Scientific memoirs by medical officers of the Army of India - Part III,
Year: 1887
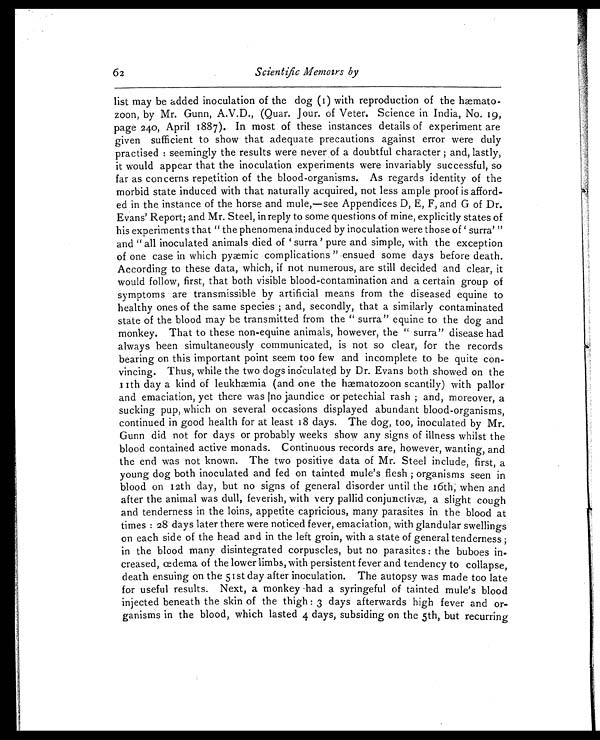
62 Scientific Memoirs by
list may be added inoculation of the dog (1) with reproduction of the hæmato
-zoon, by Mr. Gunn, A.V.D., (Quar. Jour. of Veter. Science in India, No. 19,
page 240, April 1887). In most of these instances details of experiment are
given sufficient to show that adequate precautions against error were duly
practised: seemingly the results were never of a doubtful character; and, lastly,
it would appear that the inoculation experiments were invariably successful, so
far as concerns repetition of the blood-organisms. As regards identity of the
morbid state induced with that naturally acquired, not less ample proof is afford
-ed in the instance of the horse and mule,—see Appendices D, E, F, and G of Dr.
Evans' Report; and Mr. Steel, in reply to some questions of mine, explicitly states of
his experiments that "the phenomena induced by inoculation were those of 'surra'"
and "all inoculated animals died of 'surra' pure and simple, with the exception
of one case in which pyæmic complications" ensued some days before death.
According to these data, which, if not numerous, are still decided and clear, it
would follow, first, that both visible blood-contamination and a certain group of
symptoms are transmissible by artificial means from the diseased equine to
healthy ones of the same species; and, secondly, that a similarly contaminated
state of the blood may be transmitted from the "surra" equine to the dog and
monkey. That to these non-equine animals, however, the "surra" disease had
always been simultaneously communicated, is not so clear, for the records
bearing on this important point seem too few and incomplete to be quite con
-vincing. Thus, while the two dogs inoculated by Dr. Evans both showed on the
11th day a kind of leukhæmia (and one the hæmatozoon scantily) with pallor
and emaciation, yet there was |no jaundice or petechial rash; and, moreover, a
sucking pup, which on several occasions displayed abundant blood-organisms,
continued in good health for at least 18 days. The dog, too, inoculated by Mr.
Gunn did not for days or probably weeks show any signs of illness whilst the
blood contained active monads. Continuous records are, however, wanting, and
the end was not known. The two positive data of Mr. Steel include, first, a
young dog both inoculated and fed on tainted mule's flesh; organisms seen in
blood on 12th day, but no signs of general disorder until the 16th; when and
after the animal was dull, feverish, with very pallid conjunctivæ, a slight cough
and tenderness in the loins, appetite capricious, many parasites in the blood at
times: 28 days later there were noticed fever, emaciation, with glandular swellings
on each side of the head and in the left groin, with a state of general tenderness;
in the blood many disintegrated corpuscles, but no parasites: the buboes in-
-creased, œdema of the lower limbs, with persistent fever and tendency to collapse,
death ensuing on the 51st day after inoculation. The autopsy was made too late
for useful results. Next, a monkey had a syringeful of tainted mule's blood
injected beneath the skin of the thigh: 3 days afterwards high fever and or
-ganisms in the blood, which lasted 4 days, subsiding on the 5th, but recurring